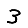
Digit: 3